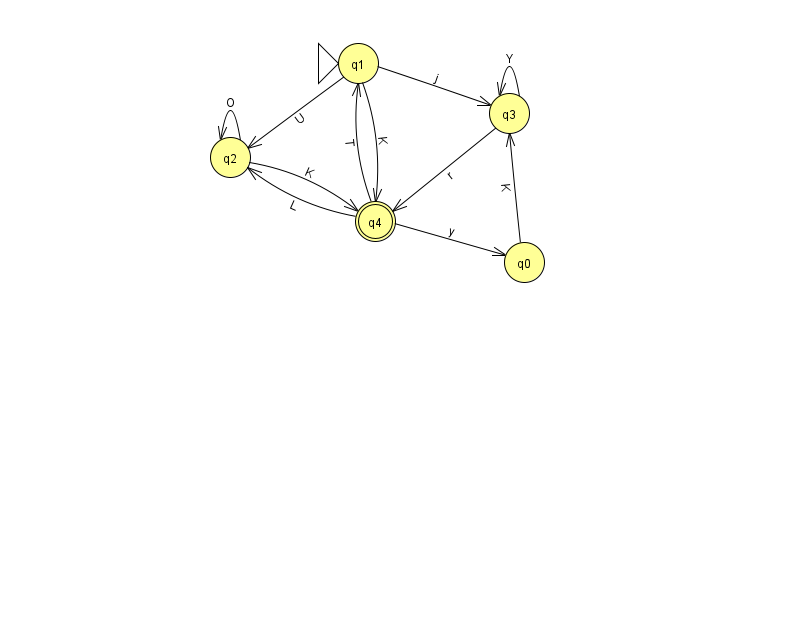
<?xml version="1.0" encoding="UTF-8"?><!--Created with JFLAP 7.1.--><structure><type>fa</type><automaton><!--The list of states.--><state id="0" name="q0"><x>524.0</x><y>249.0</y></state><state id="1" name="q1"><x>358.0</x><y>50.0</y><initial/></state><state id="2" name="q2"><x>230.0</x><y>144.0</y></state><state id="3" name="q3"><x>509.0</x><y>100.0</y></state><state id="4" name="q4"><x>375.0</x><y>208.0</y><final/></state><!--The list of transitions.--><transition><from>0</from><to>3</to><read>K</read></transition><transition><from>4</from><to>1</to><read>T</read></transition><transition><from>4</from><to>2</to><read>L</read></transition><transition><from>3</from><to>4</to><read>r</read></transition><transition><from>4</from><to>0</to><read>y</read></transition><transition><from>2</from><to>4</to><read>K</read></transition><transition><from>1</from><to>3</to><read>j</read></transition><transition><from>3</from><to>3</to><read>Y</read></transition><transition><from>1</from><to>2</to><read>U</read></transition><transition><from>1</from><to>4</to><read>K</read></transition><transition><from>2</from><to>2</to><read>O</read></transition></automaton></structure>